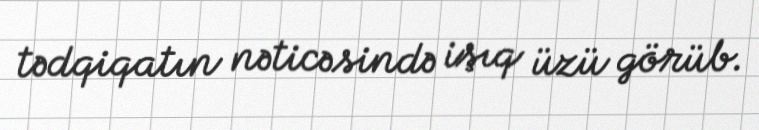
tədqiqatın nəticəsində işıq üzü görüb.